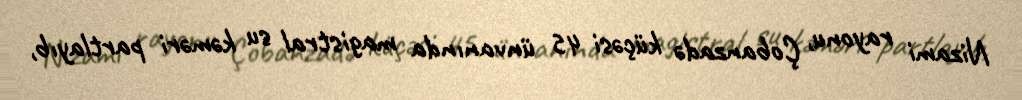
Nizami rayonu, Çobanzadə küçəsi 45 ünvanında magistral su kəməri partlayıb,